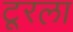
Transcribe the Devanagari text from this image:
टूरला